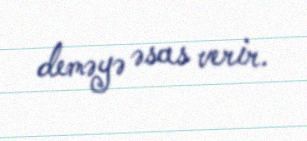
deməyə əsas verir.